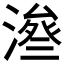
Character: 𱨥